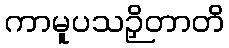
ကာမူပသဉှိတာတိ